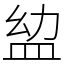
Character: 𥁒